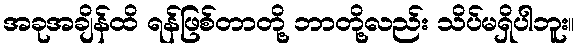
အခုအချိန်ထိ ရန်ဖြစ်တာတို့ ဘာတို့လည်း သိပ်မရှိပါဘူး။